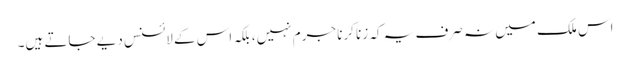
اس ملک میں نہ صرف یہ کہ زنا کرنا جرم نہیں، بلکہ اس کے لائسنس دیے جاتے ہیں۔